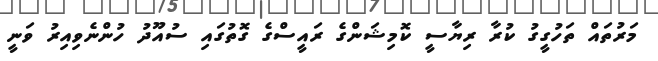
މަރުތައް ތަހުގީގު ކުރާ ރިޔާސީ ކޮމިޝަންގެ ރައީސްގެ ގޮތުގައި ސުއޫދު ހުންނެވިއިރު ވަނީ